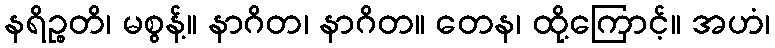
နရိဉ္စတိ၊ မစွန့်။ နာဂိတ၊ နာဂိတ။ တေန၊ ထို့ကြောင့်။ အဟံ၊